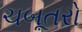
ચબૂતરો